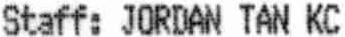
STAFF: JORDAN TAN KC